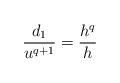
LaTeX: \begin{align*}\frac{d_1}{u^{q+1}} = \frac{h^q}{h}\end{align*}